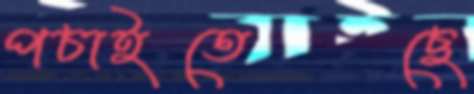
পচাইতেছে